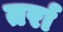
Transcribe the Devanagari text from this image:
तर्रा